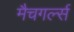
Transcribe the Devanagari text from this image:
मैचगर्ल्स